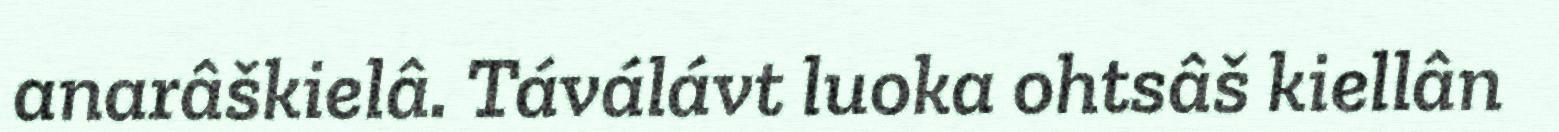
anarâškielâ. Táválávt luoka ohtsâš kiellân